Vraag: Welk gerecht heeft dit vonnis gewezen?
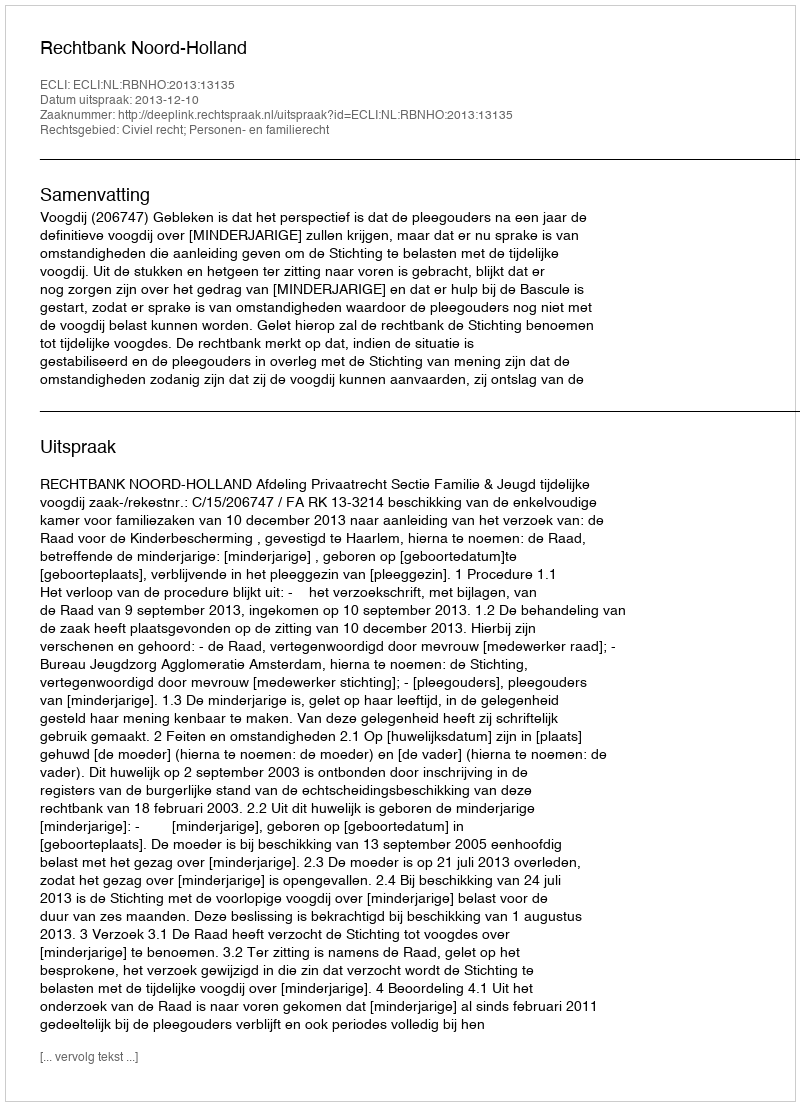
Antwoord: Rechtbank Noord-Holland